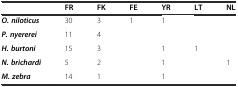
|  | FR | FK | FE | YR | LT | NL |
 | --- | --- | --- | --- | --- | --- | --- |
 | O. niloticus | 30 | 3 | 1 | 1 |  |  |
 | P. nyererei | 11 | 4 |  |  |  |  |
 | H. burtoni | 15 | 3 |  | 1 | 1 |  |
 | N. brichardi | 5 | 2 |  | 1 |  | 1 |
 | M. zebra | 14 | 1 |  | 1 |  |  |